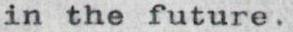
in the future.